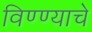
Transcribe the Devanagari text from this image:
विण्ण्याचे